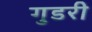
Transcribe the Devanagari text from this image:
गुडरी